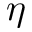
\eta